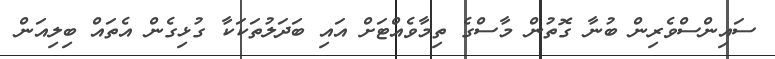
ސައިންސްވެރިން ބުނާ ގޮތުން މާސްގެ ތިމާވެއްޓަށް އައި ބަދަލުތަކަކާ ގުޅިގެން އެތައް ބިލިއަން